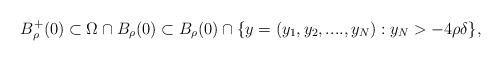
LaTeX: \begin{align*} B^+_\rho(0)\subset \Omega\cap B_\rho(0)\subset B_\rho(0)\cap \{y=(y_1,y_2,....,y_N):y_N>-4\rho\delta\}, \end{align*}